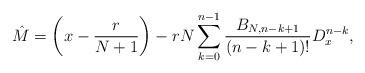
LaTeX: \begin{align*}\hat M=\left(x-\frac r{N+1}\right)-rN\sum_{k=0}^{n-1}\frac{B_{N,n-k+1}}{(n-k+1)!}D_x^{n-k},\end{align*}